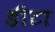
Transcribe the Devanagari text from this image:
डीटा